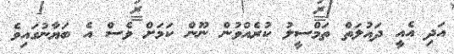
އަދި އެއީ ދައުލަތް ތަމްސީލު ކުރެއްވުން ނޫން ކަމަށް ވެސް އެ ބަޔާނުގައިވެ